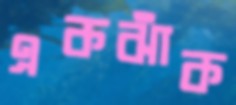
একঝাঁক